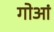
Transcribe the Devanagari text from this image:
गोआं